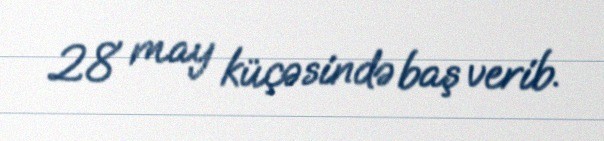
28 may küçəsində baş verib.